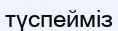
түспейміз